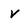
Character: V